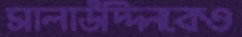
সালাউদ্দিনকেও